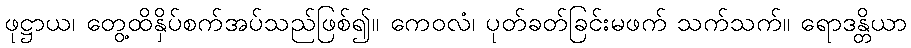
ဖုဋ္ဌာယ၊ တွေ့ထိနှိပ်စက်အပ်သည်ဖြစ်၍။ ကေဝလံ၊ ပုတ်ခတ်ခြင်းမဖက် သက်သက်။ ရောဒန္တိယာ